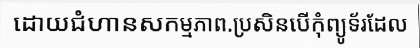
ដោយជំហានសកម្មភាព.ប្រសិនបើកុំព្យូទ័រដែល